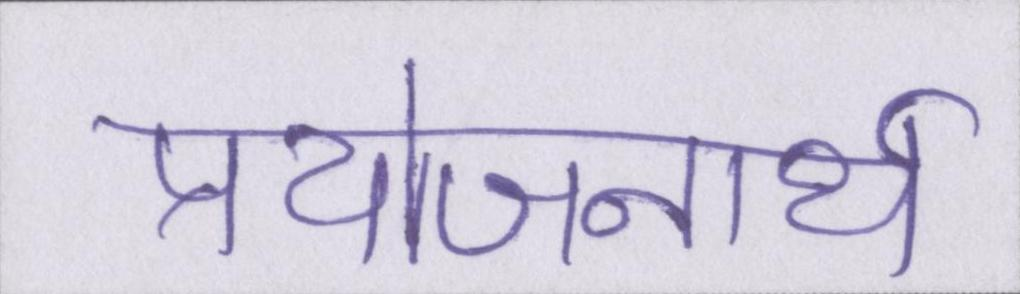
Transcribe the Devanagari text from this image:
प्रयोजनार्थ